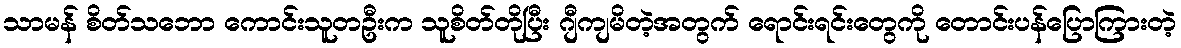
သာမန် စိတ်သဘော ကောင်းသူတဦးက သူစိတ်တိုပြီး ဂျီကျမိတဲ့အတွက် ရောင်းရင်းတွေကို တောင်းပန်ပြောကြားတဲ့